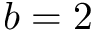
b = 2